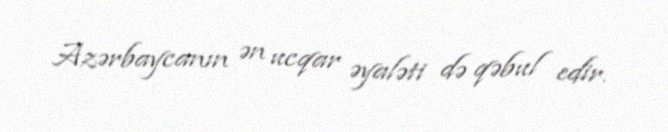
Azərbaycanın ən ucqar əyaləti də qəbul edir.